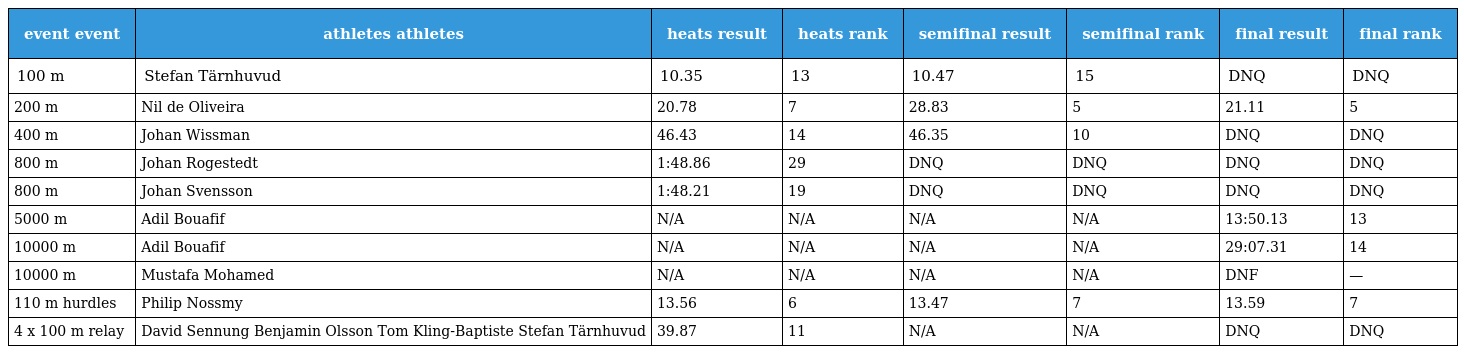
| event event | athletes athletes | heats result | heats rank | semifinal result | semifinal rank | final result | final rank |
 | --- | --- | --- | --- | --- | --- | --- | --- |
 | 100 m | Stefan Tärnhuvud | 10.35 | 13 | 10.47 | 15 | DNQ | DNQ |
 | 200 m | Nil de Oliveira | 20.78 | 7 | 28.83 | 5 | 21.11 | 5 |
 | 400 m | Johan Wissman | 46.43 | 14 | 46.35 | 10 | DNQ | DNQ |
 | 800 m | Johan Rogestedt | 1:48.86 | 29 | DNQ | DNQ | DNQ | DNQ |
 | 800 m | Johan Svensson | 1:48.21 | 19 | DNQ | DNQ | DNQ | DNQ |
 | 5000 m | Adil Bouafif | N/A | N/A | N/A | N/A | 13:50.13 | 13 |
 | 10000 m | Adil Bouafif | N/A | N/A | N/A | N/A | 29:07.31 | 14 |
 | 10000 m | Mustafa Mohamed | N/A | N/A | N/A | N/A | DNF | — |
 | 110 m hurdles | Philip Nossmy | 13.56 | 6 | 13.47 | 7 | 13.59 | 7 |
 | 4 x 100 m relay | David Sennung Benjamin Olsson Tom Kling-Baptiste Stefan Tärnhuvud | 39.87 | 11 | N/A | N/A | DNQ | DNQ |